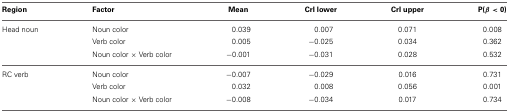
<table><thead><tr><td><b>Region</b></td><td><b>Factor</b></td><td><b>Mean</b></td><td><b>CrI lower</b></td><td><b>CrI upper</b></td><td><b>P(β &lt; 0)</b></td></tr></thead><tbody><tr><td>Head noun</td><td>Noun color</td><td>0.039</td><td>0.007</td><td>0.071</td><td>0.008</td></tr><tr><td></td><td>Verb color</td><td>0.005</td><td>−0.025</td><td>0.034</td><td>0.362</td></tr><tr><td></td><td>Noun color × Verb color</td><td>−0.001</td><td>−0.031</td><td>0.028</td><td>0.532</td></tr><tr><td>RC verb</td><td>Noun color</td><td>−0.007</td><td>−0.029</td><td>0.016</td><td>0.731</td></tr><tr><td></td><td>Verb color</td><td>0.032</td><td>0.008</td><td>0.056</td><td>0.001</td></tr><tr><td></td><td>Noun color × Verb color</td><td>−0.008</td><td>−0.034</td><td>0.017</td><td>0.734</td></tr></tbody></table>